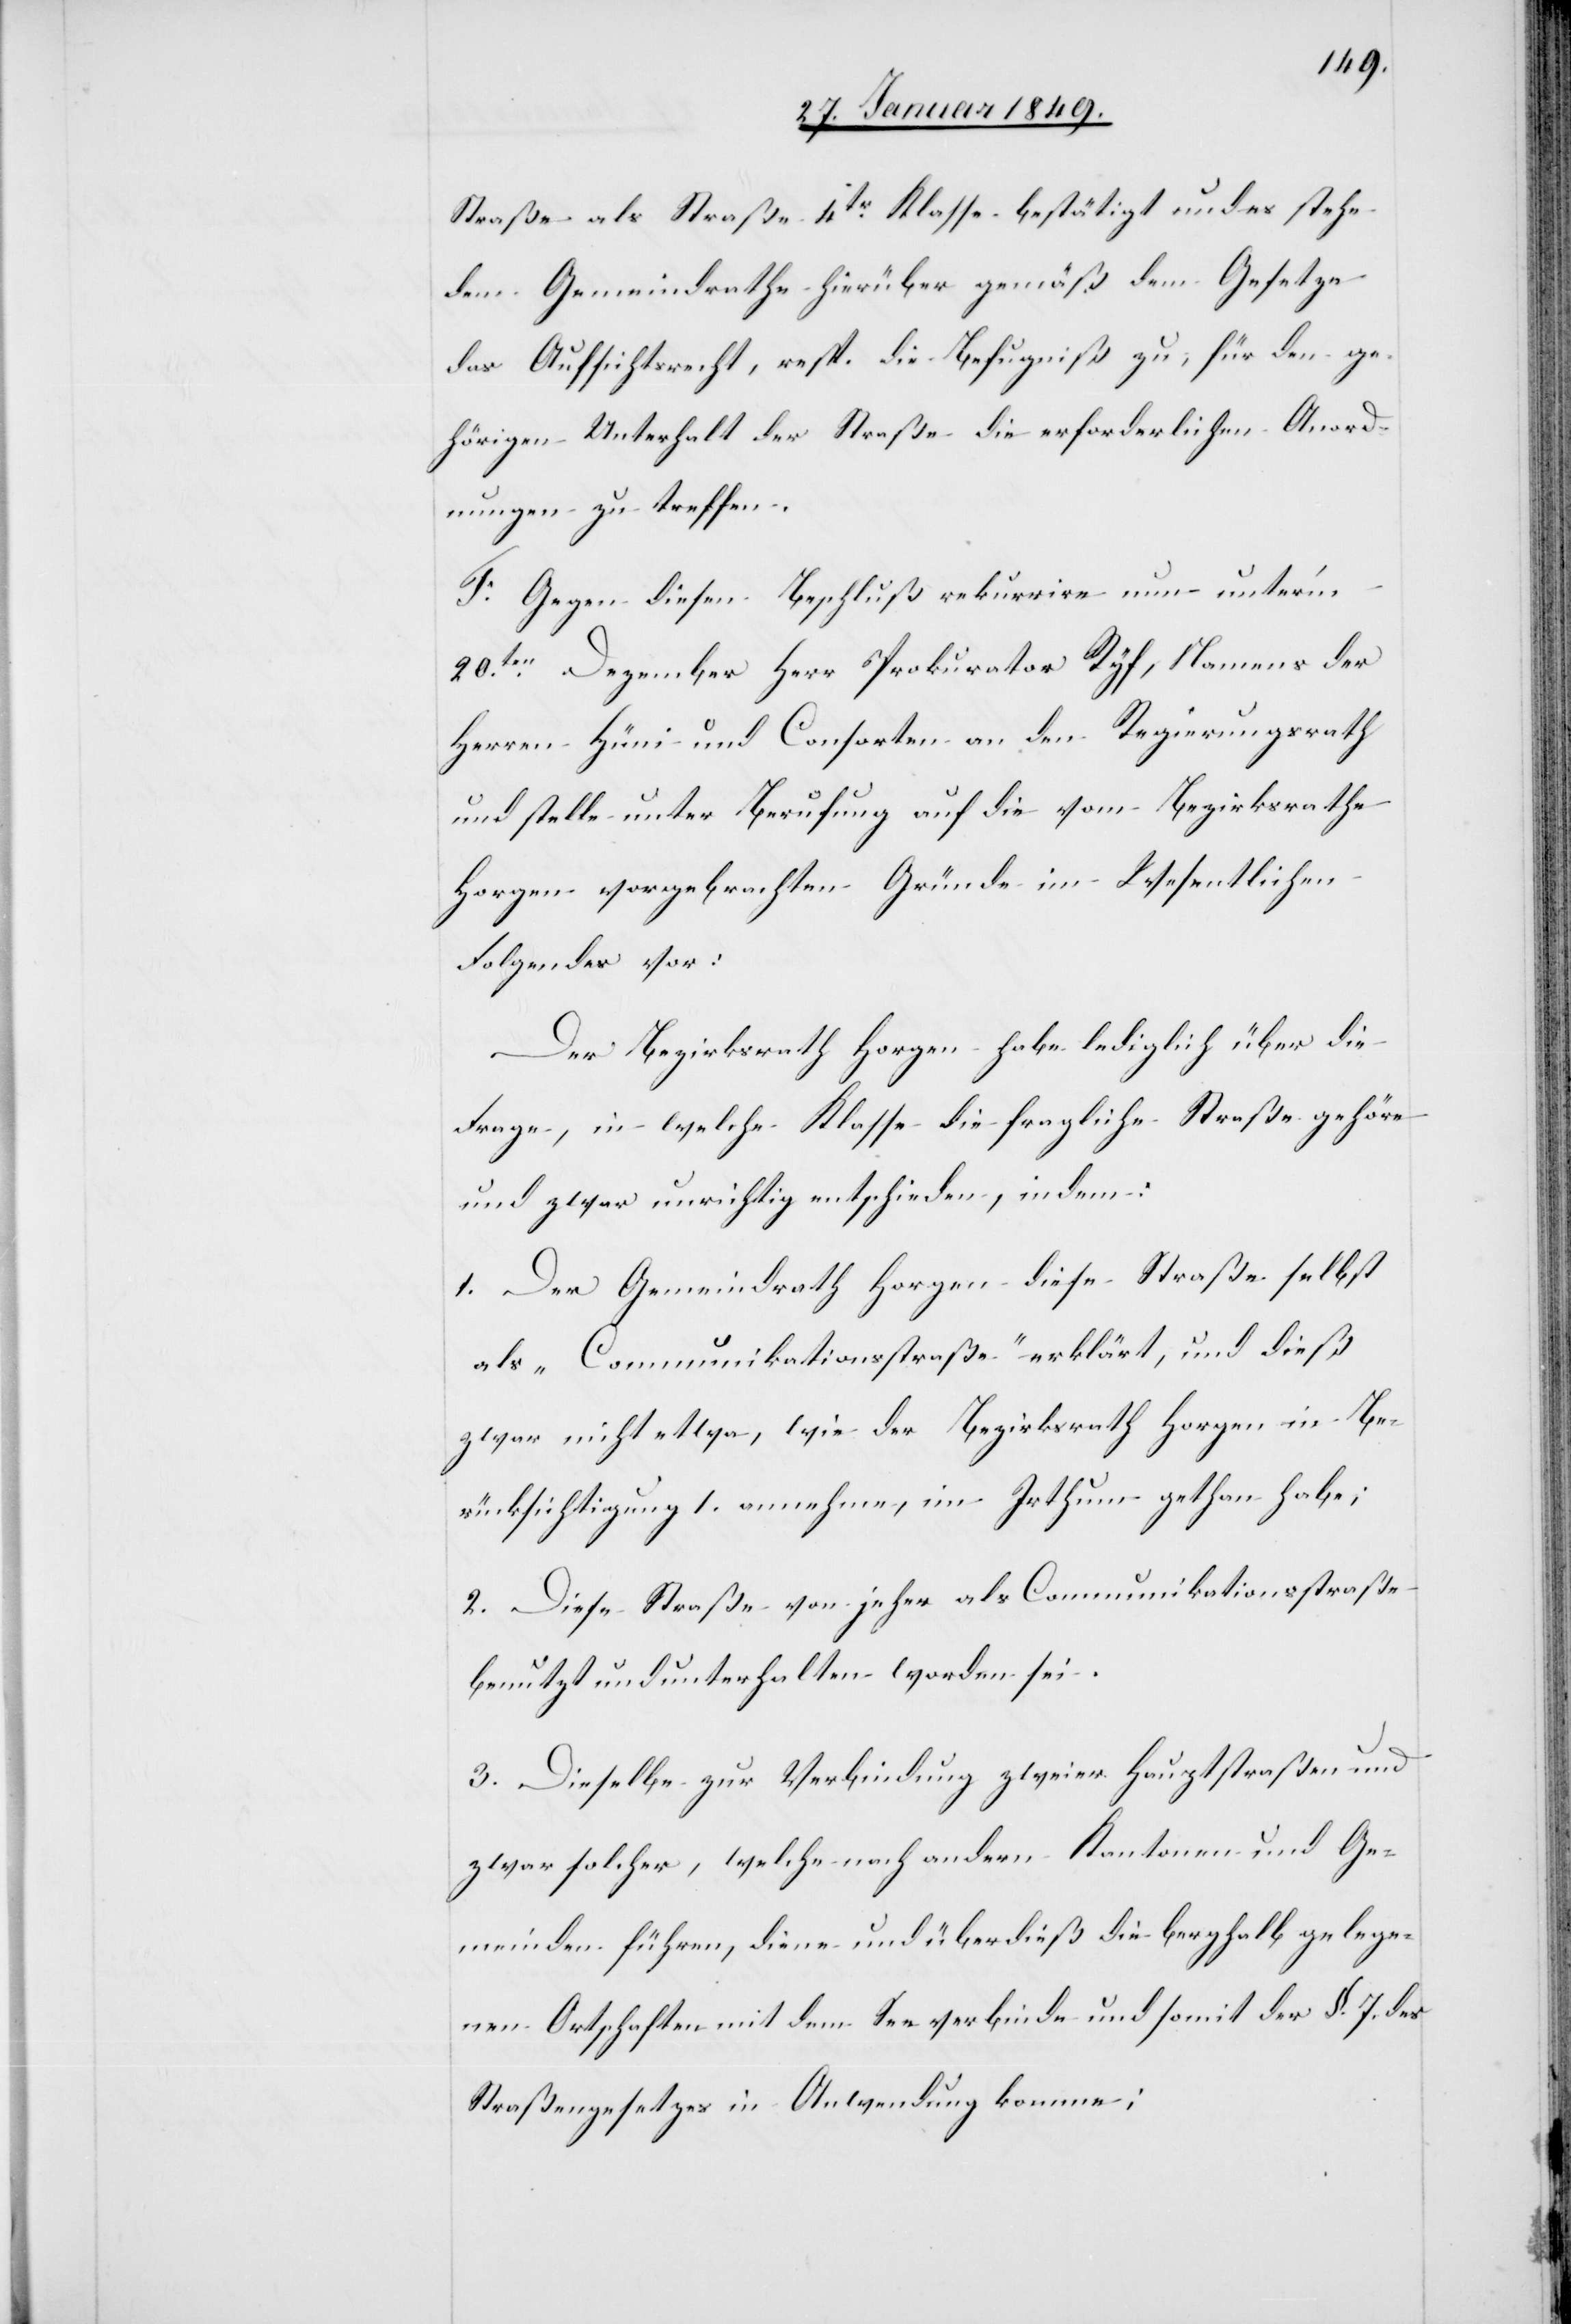
Straße als Straße 4tr. Klasse bestätigt und es stehe
dem Gemeindrathe hierüber gemäß dem Gesetze
das Aufsichtsrecht, resp. die Befugniß zu, für den ge¬
hörigen Unterhalt der Straße die erforderlichen Anord¬
nungen zu treffen.
F. Gegen diesen Beschluß rekurrire nun unter’m
20ten. Dezember Herr Prokurator Ryf [sic!], Namens der
Herren Hüni und Consorten an den Regierungsrath
und stelle unter Berufung auf die vom Bezirksrathe
Horgen vorgebrachten Gründe im Wesentlichen
Folgendes vor:
Der Bezirksrath Horgen habe lediglich über die
Frage, in welche Klasse die fragliche Straße gehöre
und zwar unrichtig entschieden, indem:
1. Der Gemeindrath Horgen diese Straße selbst
als „Communikationsstraße“ erklärt, und dieß
zwar nicht etwa, wie der Bezirksrath Horgen in Be¬
rücksichtigung 1. annehme, im Irthum gethan habe;
2. Diese Straße von jeher als Communikationsstraße
benutzt und unterhalten worden sei.
3. Dieselbe zur Verbindung zweier Hauptstraßen und
zwar solcher, welche nach andern Kantonen und Ge¬
meinden führen, diene und überdieß die berghalb gelege¬
nen Ortschaften mit dem See verbinde und somit der §. 7. des
Straßengesetzes in Anwendung komme;